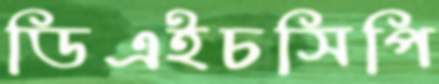
ডিএইচসিপি